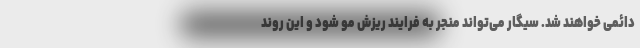
دائمی خواهند شد. سیگار می‌تواند منجر به فرایند ریزش مو شود و این روند